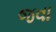
જવા